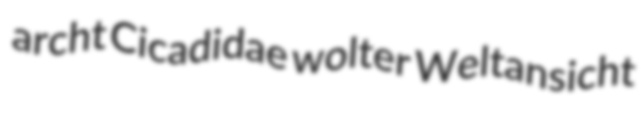
archt Cicadidae wolter Weltansicht